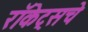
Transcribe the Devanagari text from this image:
रॉकेट्‌सचे